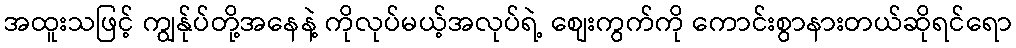
အထူးသဖြင့် ကျွန်ုပ်တို့အနေနဲ့ ကိုလုပ်မယ့်အလုပ်ရဲ့ စျေးကွက်ကို ကောင်းစွာနားတယ်ဆိုရင်ရော